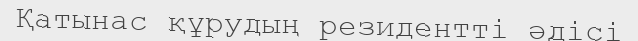
Қатынас құрудың резидентті әдісі